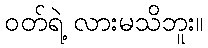
ဝတ်ရဲ့ လားမသိဘူး။